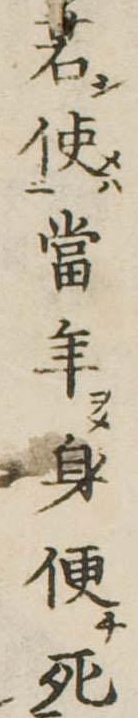
若使当年身便死